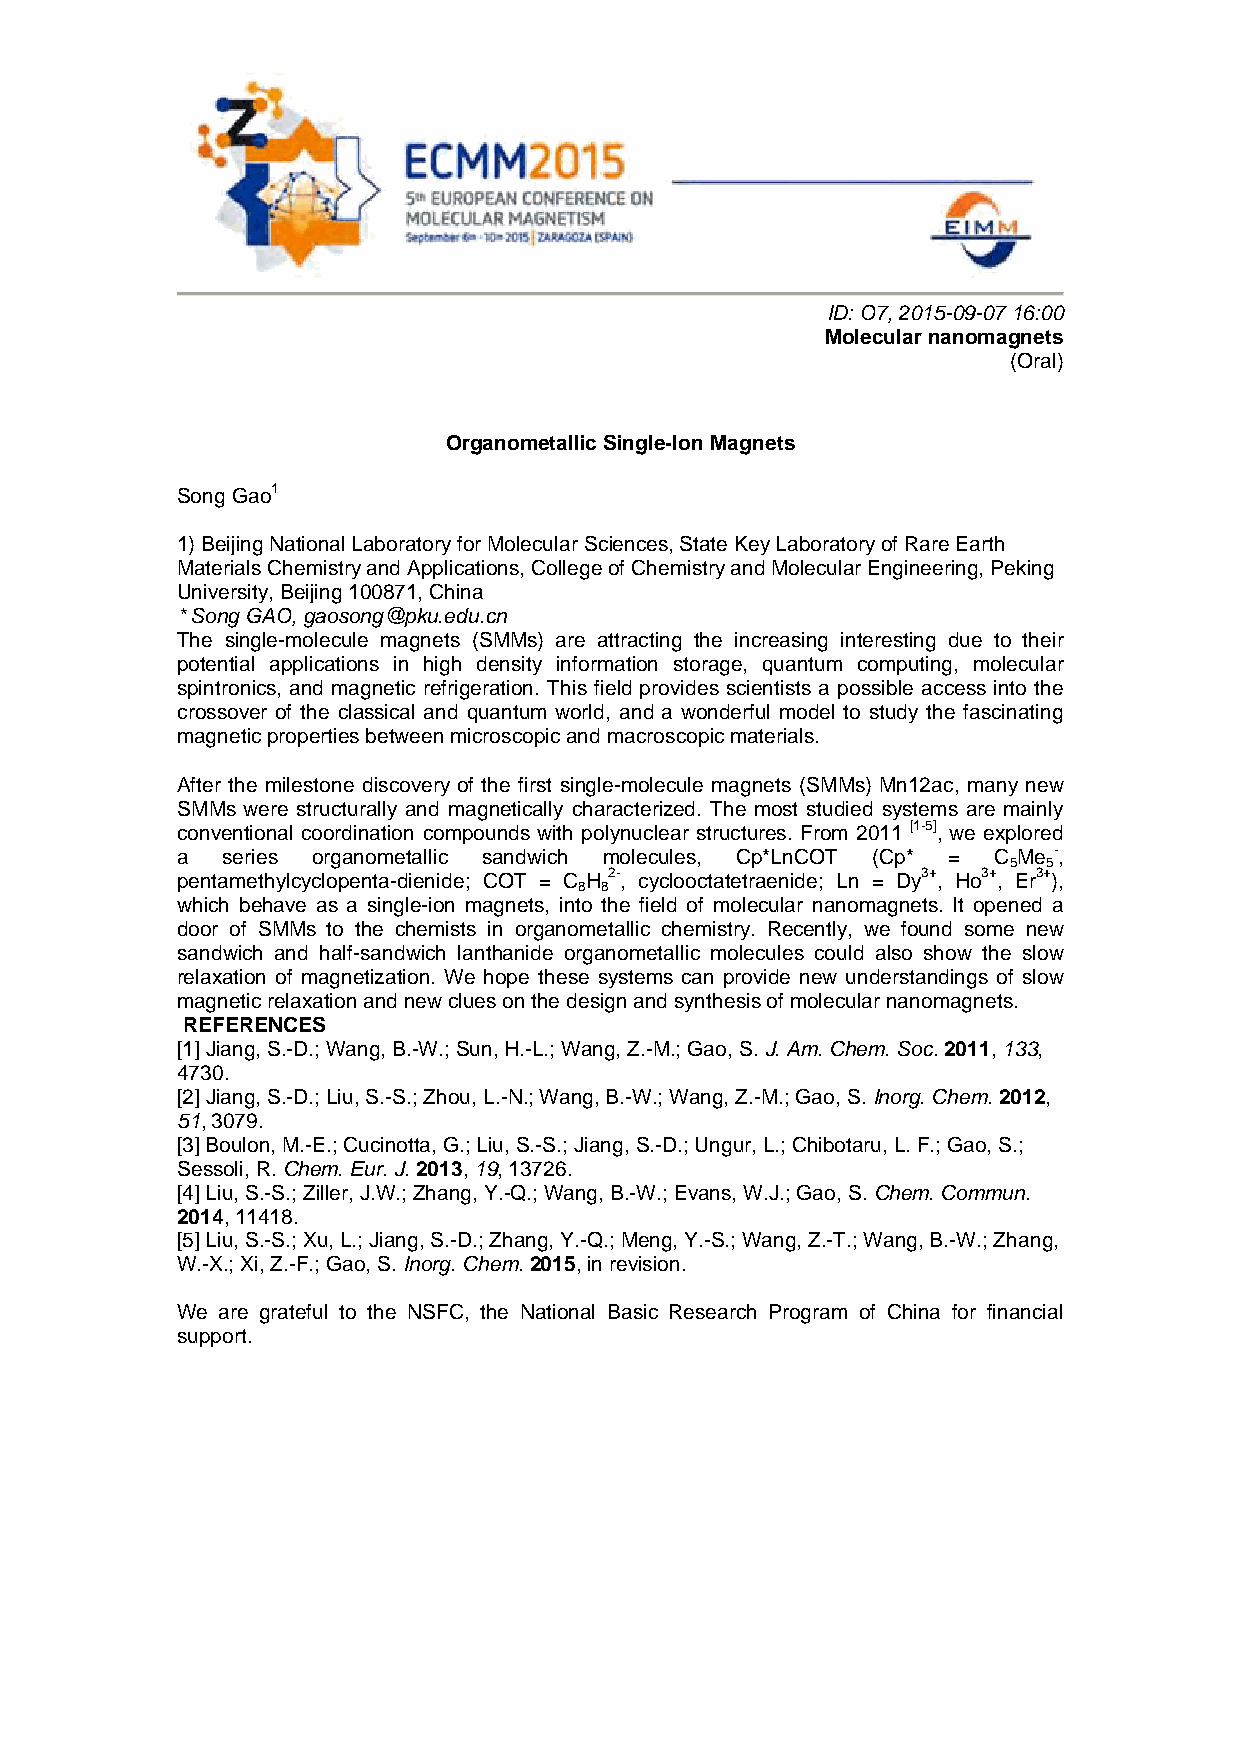
ID: O7, 2015-09-07 16:00
 Molecular nanomagnets
 (Oral)
 Organometallic Single-Ion Magnets
 Song Gao1
 1) Beijing National Laboratory for Molecular Sciences, State Key Laboratory of Rare Earth
 Materials Chemistry and Applications, College of Chemistry and Molecular Engineering, Peking
 University, Beijing 100871, China
 * Song GAO, gaosong@pku.edu.cn
 The single-molecule magnets (SMMs) are attracting the increasing interesting due to their
 potential applications in high density information storage, quantum computing, molecular
 spintronics, and magnetic refrigeration. This field provides scientists a possible access into the
 crossover of the classical and quantum world, and a wonderful model to study the fascinating
 magnetic properties between microscopic and macroscopic materials.
 After the milestone discovery of the first single-molecule magnets (SMMs) Mn12ac, many new
 SMMs were structurally and magnetically characterized. The most studied systems are mainly
 conventional coordination compounds with polynuclear structures. From 2011 [1-5], we explored
 a  series organometallic sandwich molecules, Cp*LnCOT (Cp* = C Me -,
 5 5
 pentamethylcyclopenta-dienide; COT = C H 2-, cyclooctatetraenide; Ln = Dy3+, Ho3+, Er3+),
 8 8
 which behave as a single-ion magnets, into the field of molecular nanomagnets. It opened a
 door of SMMs to the chemists in organometallic chemistry. Recently, we found some new
 sandwich and half-sandwich lanthanide organometallic molecules could also show the slow
 relaxation of magnetization. We hope these systems can provide new understandings of slow
 magnetic relaxation and new clues on the design and synthesis of molecular nanomagnets.
 REFERENCES
 [1] Jiang, S.-D.; Wang, B.-W.; Sun, H.-L.; Wang, Z.-M.; Gao, S. J. Am. Chem. Soc. 2011, 133,
 4730.
 [2] Jiang, S.-D.; Liu, S.-S.; Zhou, L.-N.; Wang, B.-W.; Wang, Z.-M.; Gao, S. Inorg. Chem. 2012,
 51, 3079.
 [3] Boulon, M.-E.; Cucinotta, G.; Liu, S.-S.; Jiang, S.-D.; Ungur, L.; Chibotaru, L. F.; Gao, S.;
 Sessoli, R. Chem. Eur. J. 2013, 19, 13726.
 [4] Liu, S.-S.; Ziller, J.W.; Zhang, Y.-Q.; Wang, B.-W.; Evans, W.J.; Gao, S. Chem. Commun.
 2014, 11418.
 [5] Liu, S.-S.; Xu, L.; Jiang, S.-D.; Zhang, Y.-Q.; Meng, Y.-S.; Wang, Z.-T.; Wang, B.-W.; Zhang,
 W.-X.; Xi, Z.-F.; Gao, S. Inorg. Chem. 2015, in revision.
 We are grateful to the NSFC, the National Basic Research Program of China for financial
 support.